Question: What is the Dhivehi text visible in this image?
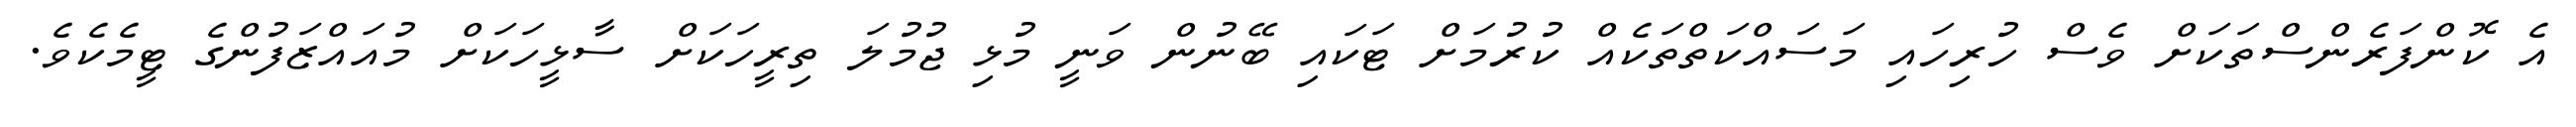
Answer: އެ ކޮންފަރެންސްތަކަށް ވެސް ހުރިހައި މަސައްކަތްތަކެއް ކުރުމަށް ޓަކައި ބޭނުން ވަނީ މުޅި ޖުމުލަ ތިރީހަކަށް ސާޅީހަކަށް މުއައްޒަފުންގެ ޓީމެކެވެ.